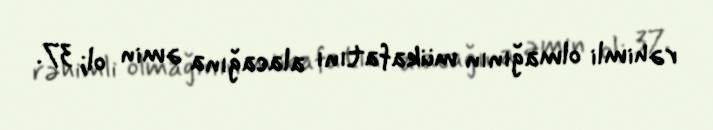
rəhimli olmağının mükafatını alacağına əmin ol; 37.